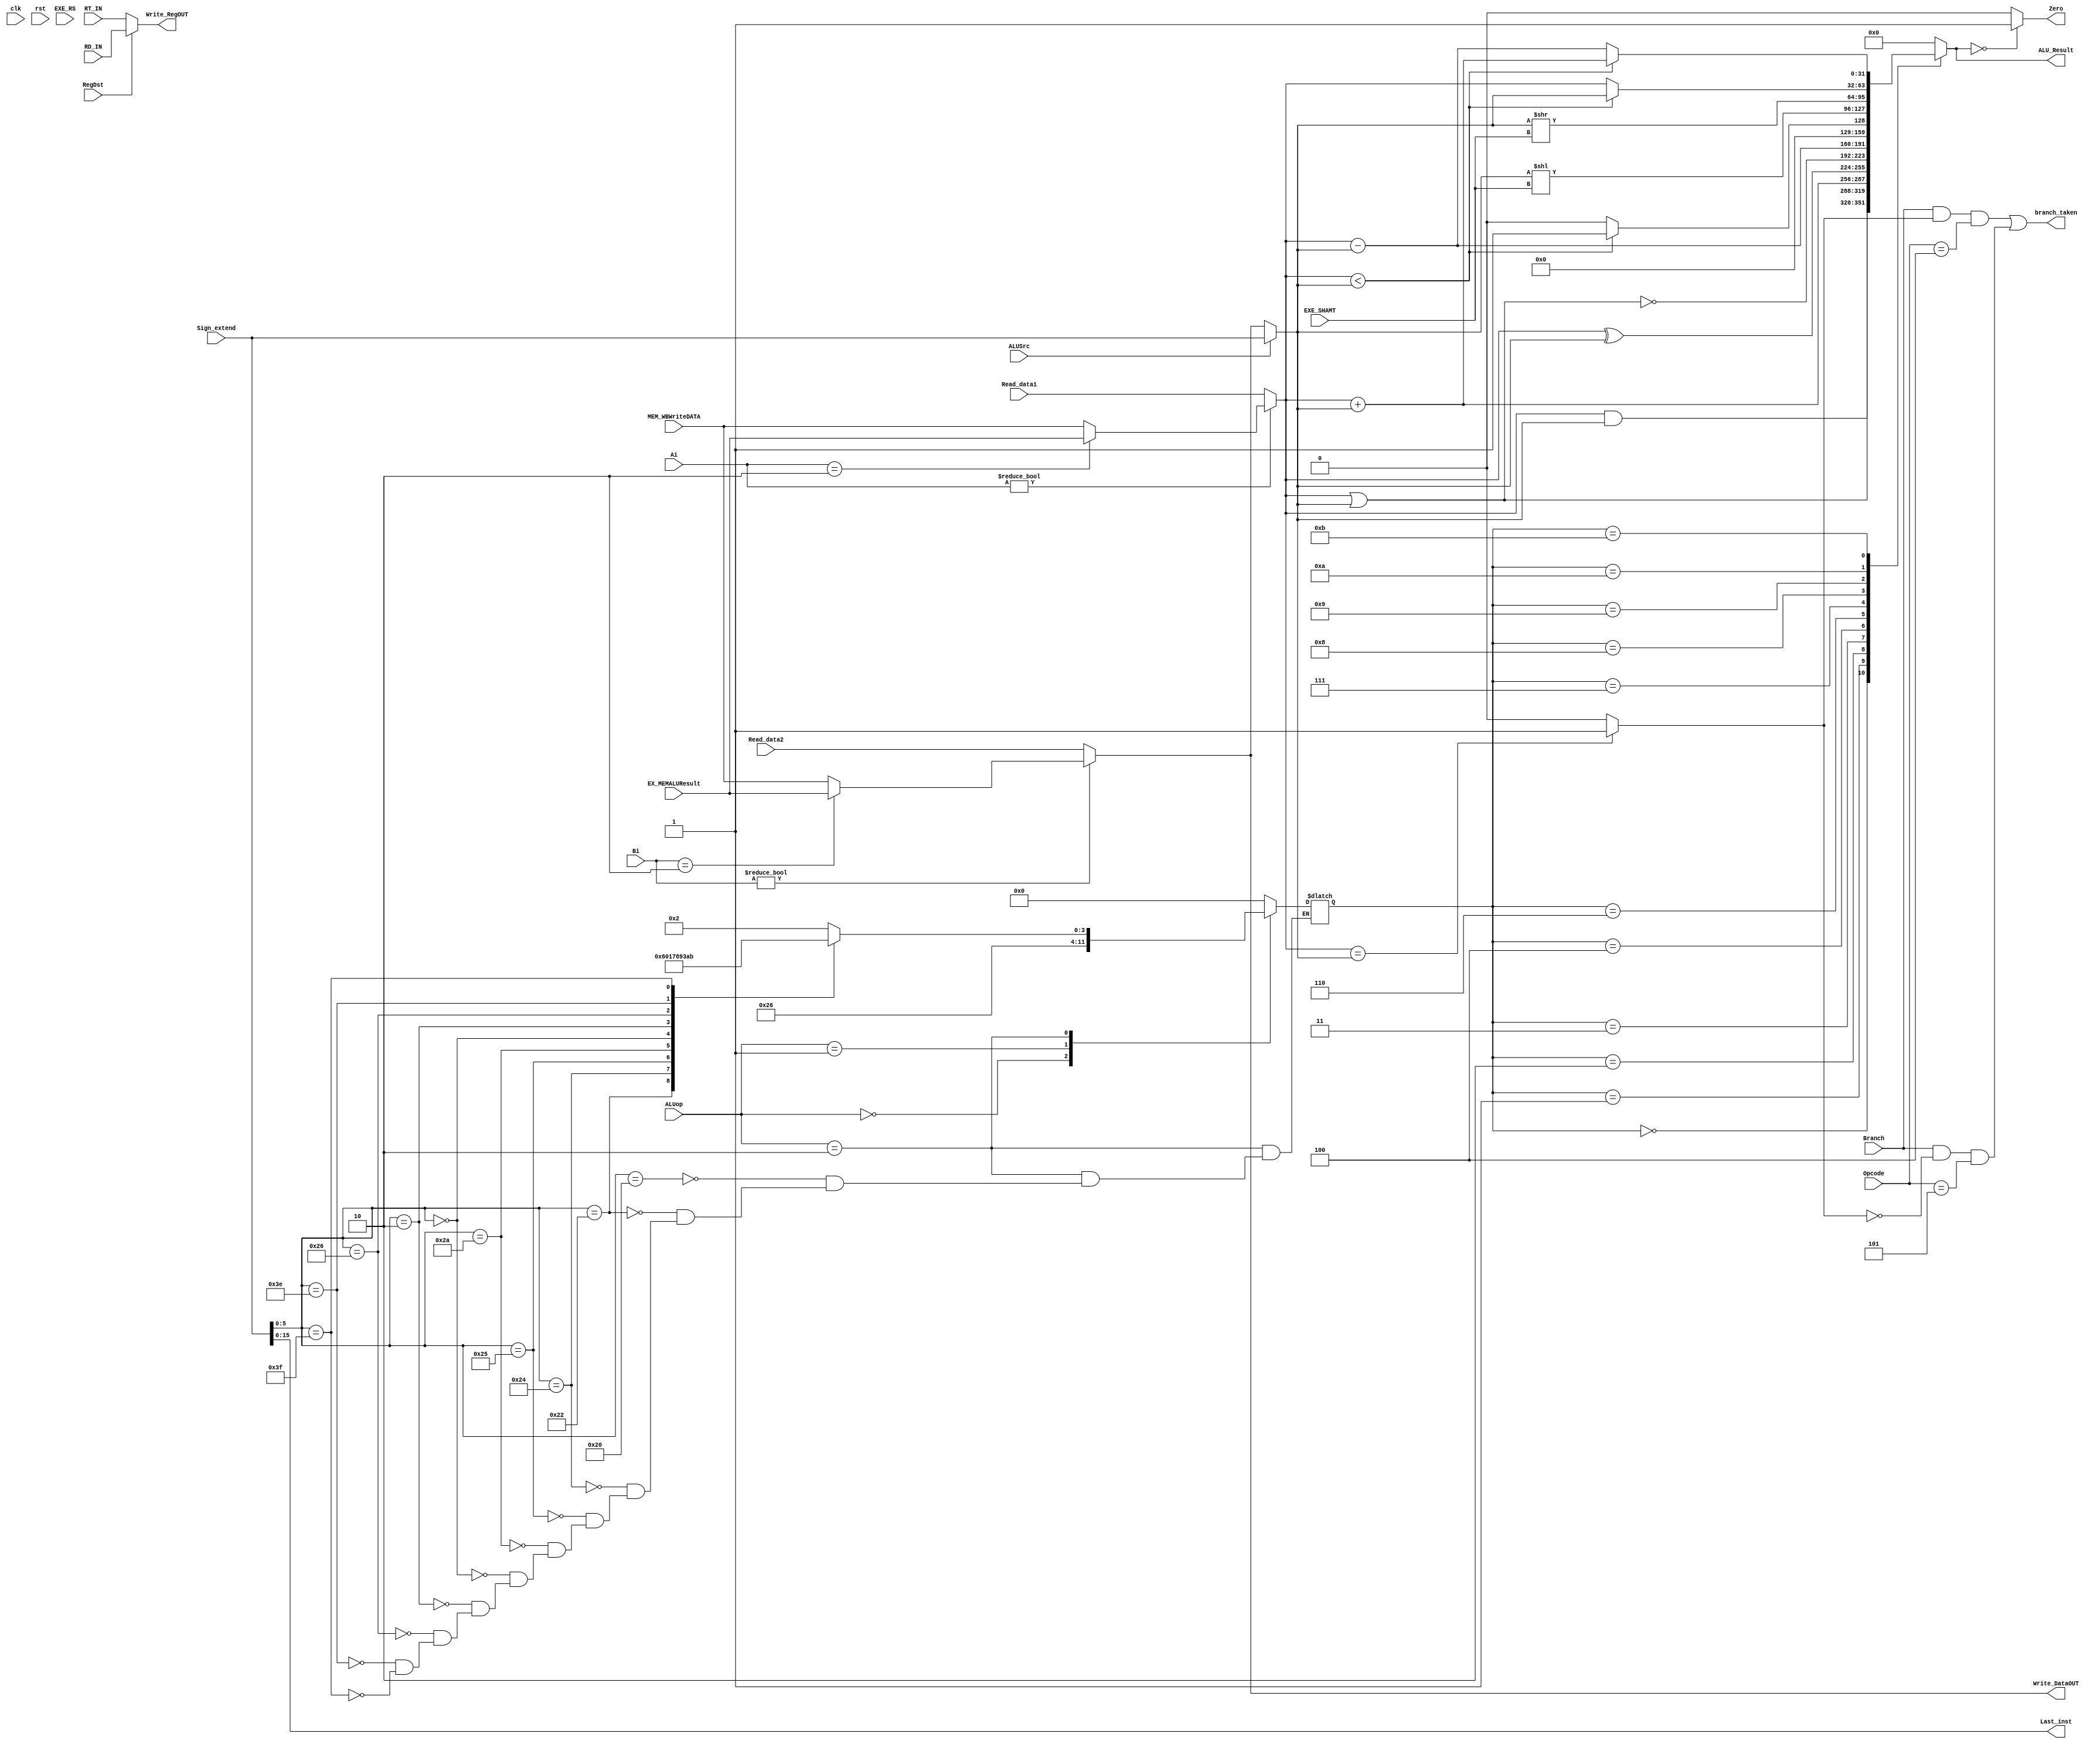
module Execute(	Read_data1,Read_data2,Sign_extend,RT_IN,RD_IN,ALUop,ALUSrc,RegDst,clk,rst,
				Zero,ALU_Result,Write_RegOUT,Write_DataOUT,	
				EX_MEMALUResult ,MEM_WBWriteDATA , EXE_RS ,EXE_SHAMT ,Ai ,Bi,
				Opcode ,branch_taken ,Last_inst,Branch//new
		);
	
	parameter MIPS_BUS=32;
	
	input	[MIPS_BUS-1:0]	Read_data1;
	input	[MIPS_BUS-1:0]	Read_data2;
	input	[31:0]			Sign_extend;
	input	[4:0]			RT_IN;
	input	[4:0]			RD_IN;
	input	[4:0]			EXE_RS ,EXE_SHAMT;
	input	[MIPS_BUS-1:0]	EX_MEMALUResult ,MEM_WBWriteDATA ;
	input	[1:0]			ALUop;
	input					ALUSrc;
	input					RegDst;
	input					clk, rst;
	input	[1:0]			Ai,Bi;				//forwarding
	input	[5:0]			Opcode;
	output					Zero;
	output	[MIPS_BUS-1:0]		ALU_Result;
	output	[4:0]				Write_RegOUT;
	output	[MIPS_BUS-1:0]		Write_DataOUT;
						
	reg	[MIPS_BUS-1:0]	ALU_OutputMUX;
	reg	[3:0]			ALU_ctl;
	reg	Zero;
	`define add 6'b100000	//
	`define AND_gate 6'b100100	//
	`define OR_gate  6'b100101	//
	`define SLL_gate 6'b000000	//
	`define sub 6'b100010	//
	`define SLT 6'b101010	//
	`define SRL_gate 6'b000010	//
	`define XOR_gate 6'b100110	//
	`define BIG 6'b111110  	//
	`define Special 6'b111111    //
	
	wire	[MIPS_BUS-1:0]	Ainput = (Ai!=2'b00) ? ( (Ai==2'b10) ? (EX_MEMALUResult):(MEM_WBWriteDATA) ) :(Read_data1);
	wire	[MIPS_BUS-1:0]	Binput_before = (Bi!=2'b00)?( (Bi==2'b10) ? (EX_MEMALUResult):(MEM_WBWriteDATA) ):Read_data2 ;	
	wire	[MIPS_BUS-1:0]	Binput = ((ALUSrc == 0) ? Binput_before :Sign_extend[MIPS_BUS-1:0]);
	wire	[5:0]	Function_opcode = Sign_extend[5:0];
	wire	[MIPS_BUS-1:0]	Write_DataOUT = (Bi!=2'b00)?( (Bi==2'b10) ? (EX_MEMALUResult):(MEM_WBWriteDATA) ):Read_data2 ;
	wire	[4:0]	Write_RegOUT = (RegDst == 1'b1) ? RD_IN : RT_IN;
	wire	[MIPS_BUS-1:0]	ALU_Result = ALU_OutputMUX[MIPS_BUS-1:0];
	
	//new
	input	Branch;
	output	branch_taken;
	output	[15:0] Last_inst;
	wire			Compare;
	wire	[1:0]		ALUop_muxin;
	wire			and1,and2;
	assign Compare = (Ainput == Binput) ?1 :0;
	assign branch_taken = and1 | and2;
	assign and1 = Branch && Compare && (Opcode== 6'b000100);
	assign and2 = Branch && (~Compare) && (Opcode== 6'b000101);
	assign	Last_inst = Sign_extend[15:0];
	
	always @(*)
	begin
		//for ALU control
		case (ALUop)
			2'b00:begin
				ALU_ctl = 4'b0010;
			end
			2'b01:begin
				ALU_ctl = 4'b0110;
			end
			2'b10:begin
				case	(Function_opcode)
					`add:	ALU_ctl = 4'b0010;
					`sub:	ALU_ctl = 4'b0110;
					`AND_gate: ALU_ctl = 4'b0000;
					`OR_gate: ALU_ctl = 4'b0001;
					`SLT:	ALU_ctl = 4'b0111;
					`SLL_gate: ALU_ctl = 4'b1000;
					`SRL_gate: ALU_ctl = 4'b1001;
					`XOR_gate: ALU_ctl = 4'b0011;
					`BIG: ALU_ctl = 4'b1010;
					`Special: ALU_ctl = 4'b1011;
				endcase	
			end
			default:ALU_ctl = 4'b0000; //new
		endcase
	end
	
	always @(*)
	begin
		case(ALU_ctl)
		4'b0000:	ALU_OutputMUX = Ainput & Binput;
		4'b0001:	ALU_OutputMUX = Ainput | Binput;
		4'b0010:	ALU_OutputMUX = Ainput + Binput;
		4'b0011:	ALU_OutputMUX = Ainput ^ Binput;
		4'b0100:	ALU_OutputMUX = ~(Ainput | Binput);
		4'b0101:	ALU_OutputMUX = 32'h0000;
		4'b0110:	ALU_OutputMUX = Ainput - Binput;
		4'b0111:	begin
					if(Ainput < Binput)
						ALU_OutputMUX = 32'h0001;
					else
						ALU_OutputMUX = 32'h0000;
				end
		4'b1000:	ALU_OutputMUX = Binput<<EXE_SHAMT;
		4'b1001:	ALU_OutputMUX = Binput>>EXE_SHAMT;
		4'b1010:	begin
					if(Ainput < Binput)
						ALU_OutputMUX = Binput;
					else
						ALU_OutputMUX = Ainput;
				end
		4'b1011:	begin
					if(Ainput < Binput)
						ALU_OutputMUX = Ainput + Binput;
					else
						ALU_OutputMUX = Ainput - Binput;
				end
		default:ALU_OutputMUX = 32'h0000;	
		endcase	

		if(ALU_OutputMUX == 32'h0000)
			Zero = 1'b1;
		else
			Zero = 1'b0;			
	end
	
	
	
endmodule